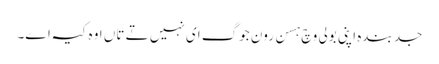
جد بندہ اپنی بولی وچ ہسن رون جوگ ای نہیں تے تاں اوہ کیہ اے۔